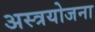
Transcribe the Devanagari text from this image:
अस्त्रयोजना